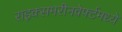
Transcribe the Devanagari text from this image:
राइक्समरीनवेर्फ्टमध्ये